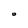
Character: 0